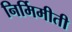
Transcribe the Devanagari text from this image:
निर्मिमीती